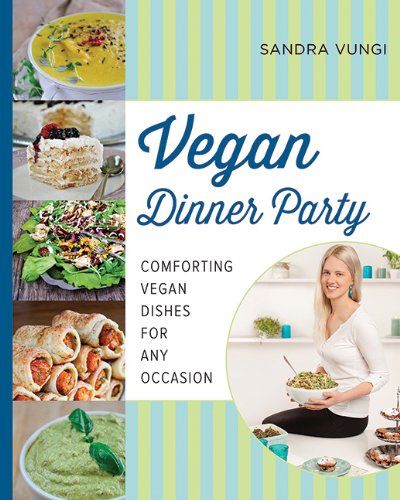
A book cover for Vegan Dinner Party: Comforting Vegan Dishes for Any Occasion; Sandra Vungi; Cookbooks, Food & Wine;